Vaccination in Burma 1889-1999 - 1889-1999
Year: 1889
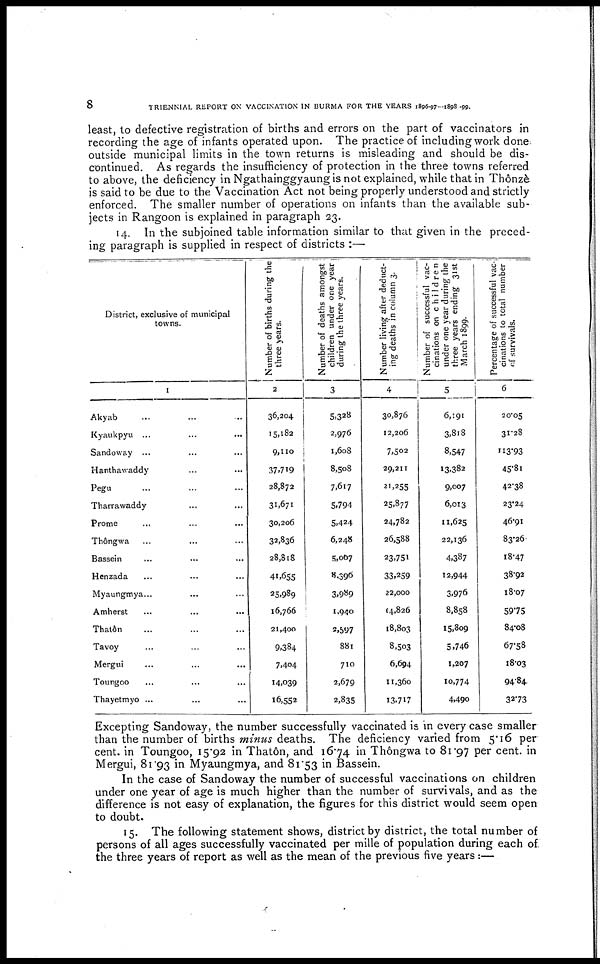
8
TRIENNIAL REPORT ON VACCINATION IN BURMA FOR THE YEARS 1896-97—1898-99.
least, to defective registration of births and errors on the part of vaccinators in
recording the age of infants operated upon. The practice of including work done
outside municipal limits in the town returns is misleading and should be dis-
continued. As regards the insufficiency of protection in the three towns referred
to above, the deficiency in Ngathainggyaung is not explained, while that in Thônzè
is said to be due to the Vaccination Act not being properly understood and strictly
enforced. The smaller number of operations on infants than the available sub-
jects in Rangoon is explained in paragraph 23.
14. In the subjoined table information similar to that given in the preced-
ing paragraph is supplied in respect of districts :—
District, exclusive of municipal
towns.
1
Akyab ... ... ...
Kyaukpyu ... ... ...
Sandoway ... ... ...
Hanthawaddy ... ... ...
Pegu ... ... ...
Tharrawaddy ... ... ...
Prome ... ... ...
Thdngwa ... ... ...
Bassein ... ... ...
Henzada ... ... ...
Myaungmya... ... ...
Amherst ... ... ...
Thatôn ... ... ...
Tavoy ... ... ...
Mergui ... ... ...
Toungoo ... ... ...
Thayetmyo ... ... ...
Number of births during the
three years.
2
36,204
15,182
9,110
37,719
28,872
31,671
30,206
32,836
28,818
41,655
25,989
16,766
21,400
9,384
7,404
14,039
16,552
Number of deaths amongst
children under one year
during the three years.
3
5,328
2,976
1,608
8,508
7,617
5,794
5,424
6,248
5,007
8,396
3,989
1,940
2,597
881
710
2,679
2,835
Number living after deduct-
ing deaths in column 3.
4
30,876
12,206
7,502
29,211
21,255
25,877
24,782
26,588
23,751
33,259
22,000
4,826
18,803
8,503
6,694
11,360
13,717
Number of successful vac-
cinations on children
under one year during the
three years ending 31st
March 1899.
5
6,191
3,818
8,547
13,382
9,007
6,013
11,625
22,136
4,387
12,944
3,976
8,858
15,809
5,746
1,207
10,774
4,490
Percentage of successful vac-
cinations to total number
of survivals.
6
20.05
31.28
113.93
45.81
42.38
23.24
46.91
83.26
18.47
38.92
18.07
59.75
84.08
67.58
18.03
94.84
32.73
Excepting Sandoway, the number successfully vaccinated is in every case smaller
than the number of births minus deaths. The deficiency varied from 5.16 per
cent. in Toungoo, 15.92 in Thatôn, and 16.74 in Thôngwa to 81.97 per cent. in
Mergui, 81.93 in Myaungmya, and 81.53 in Bassein.
In the case of Sandoway the number of successful vaccinations on children
under one year of age is much higher than the number of survivals, and as the
difference is not easy of explanation, the figures for this district would seem open
to doubt.
15. The following statement shows, district by district, the total number of
persons of all ages successfully vaccinated per mille of population during each of
the three years of report as well as the mean of the previous five years:—